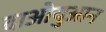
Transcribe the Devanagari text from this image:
दाओयुआन